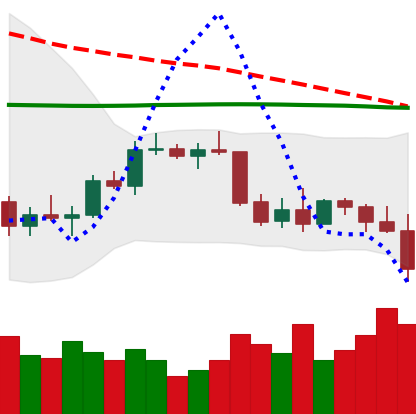
Ticker: BTC-USD
Chart end date: 2022-01-05
Forward return: -4.011%
Label: down_3_5